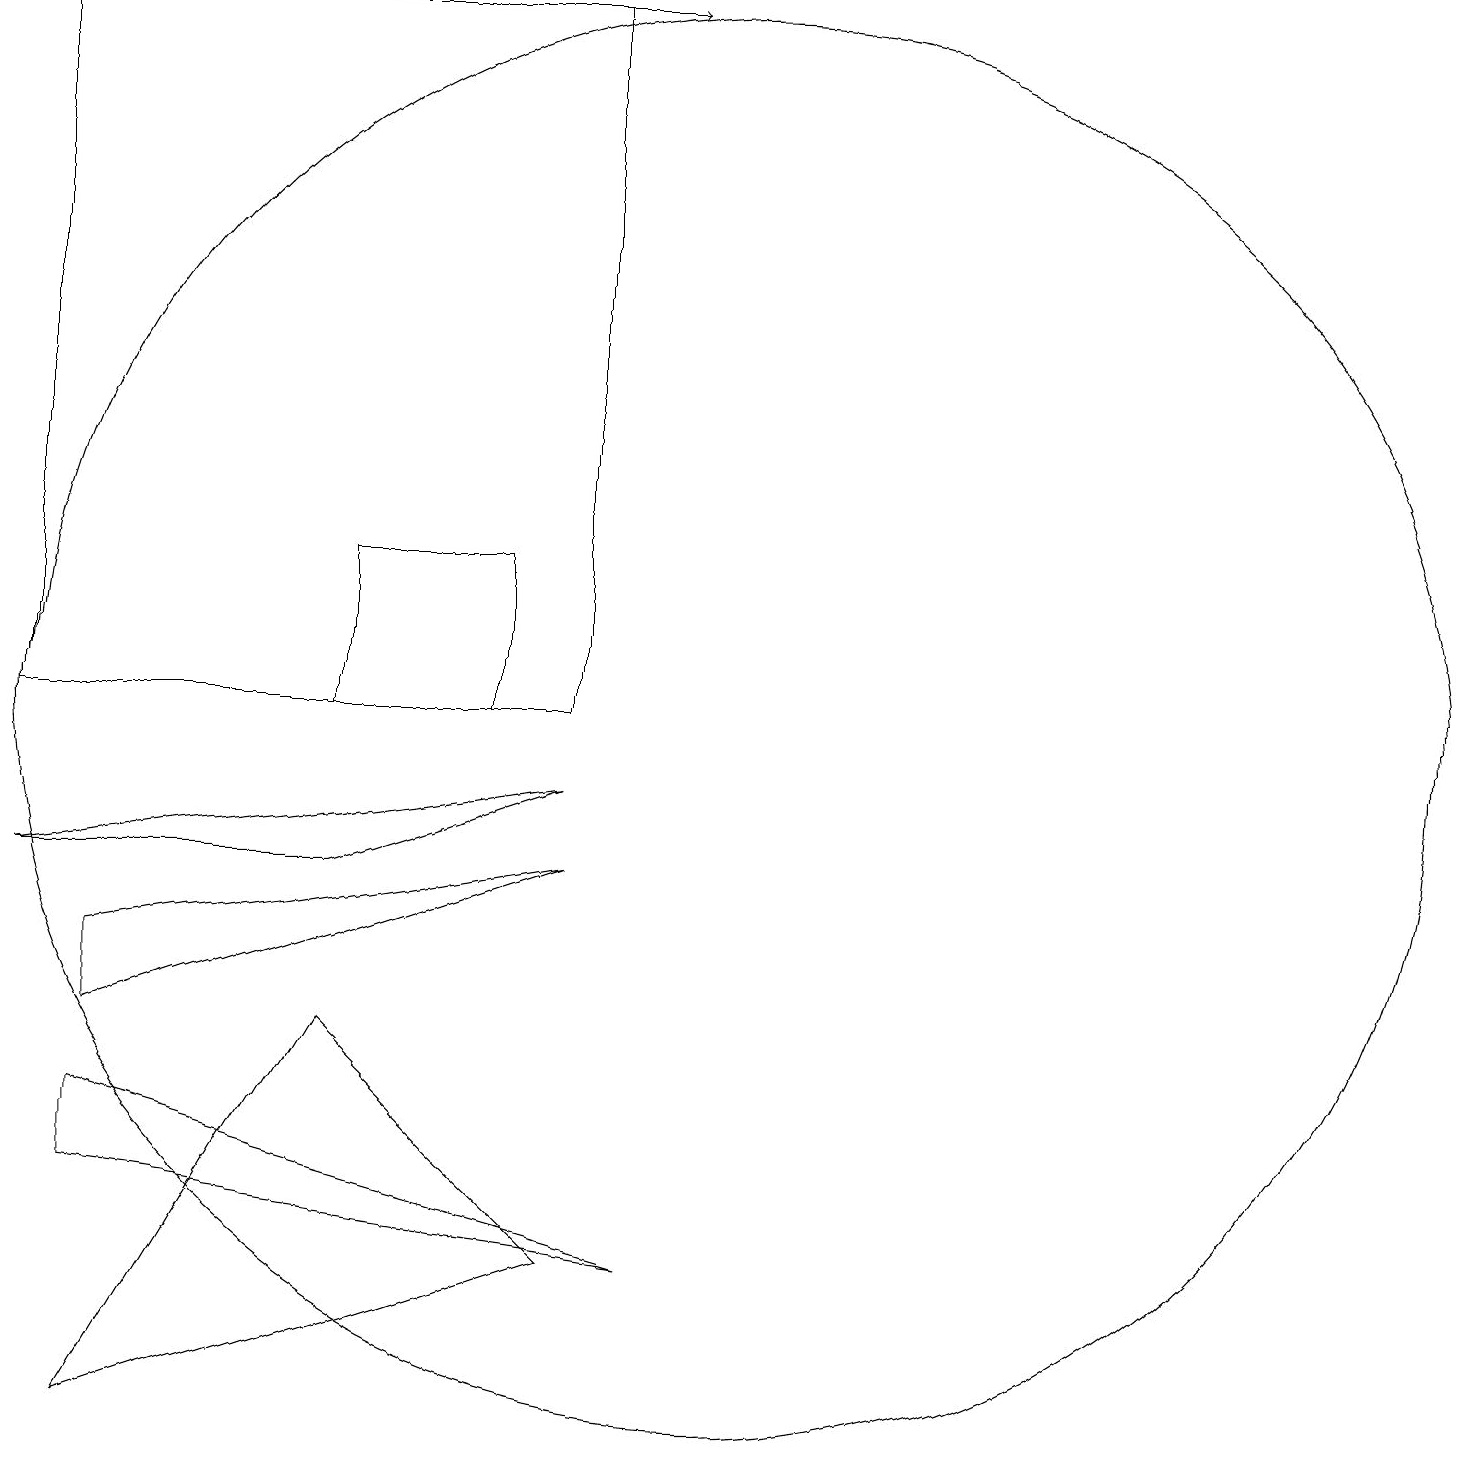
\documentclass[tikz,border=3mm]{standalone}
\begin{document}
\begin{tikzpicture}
\draw (8,10) rectangle (1,19);
\draw[->] (7,19) -- (9,19);
\draw (5,8) -- (8,9) -- (1,8) -- cycle;
\draw (10,10) circle (9);
\draw (2,7) -- (2,6) -- (8,8) -- cycle;
\draw (9,3) -- (2,5) -- (2,4) -- cycle;
\draw (8,3) -- (5,6) -- (2,1) -- cycle;
\draw (7,10) rectangle (5,12);
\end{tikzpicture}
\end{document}